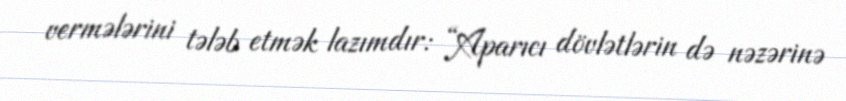
vermələrini tələb etmək lazımdır: “Aparıcı dövlətlərin də nəzərinə